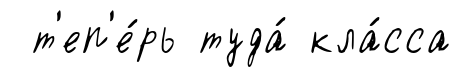
т'еп'е́рь туда́ кла́сса